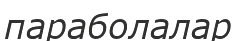
параболалар